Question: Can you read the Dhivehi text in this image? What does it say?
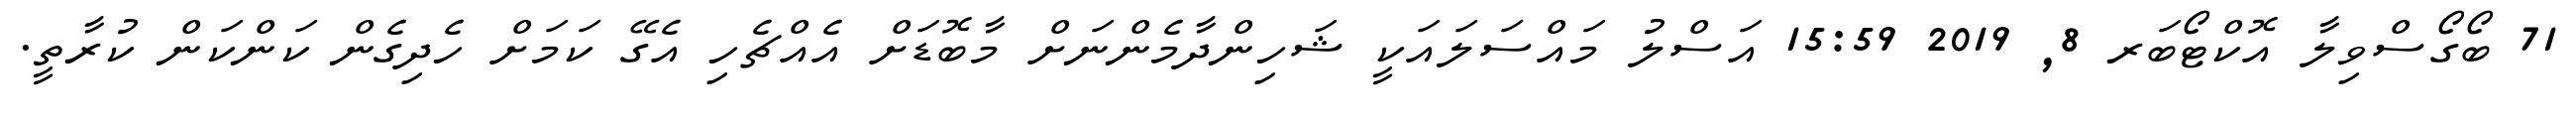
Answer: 71 ބޯގޯސްވިލާ އޮކްޓޯބަރ 8, 2019 15:59 އަސްލު މައްސަލައަކީ ޝަހިންދާމެންނަށް މާބޮޑަށް އެއްޗެހި އެގޭ ކަމަށް ހެދިގެން ކަންކަން ކުރާތީ.